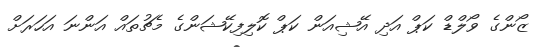
ޒޯންގެ ވޯލްޑް ކަޕް އަދި އޭޝިއަން ކަޕް ކޮލިފިކޭޝަންގެ މެޗުތައް އަންނަ އަހަރަށް